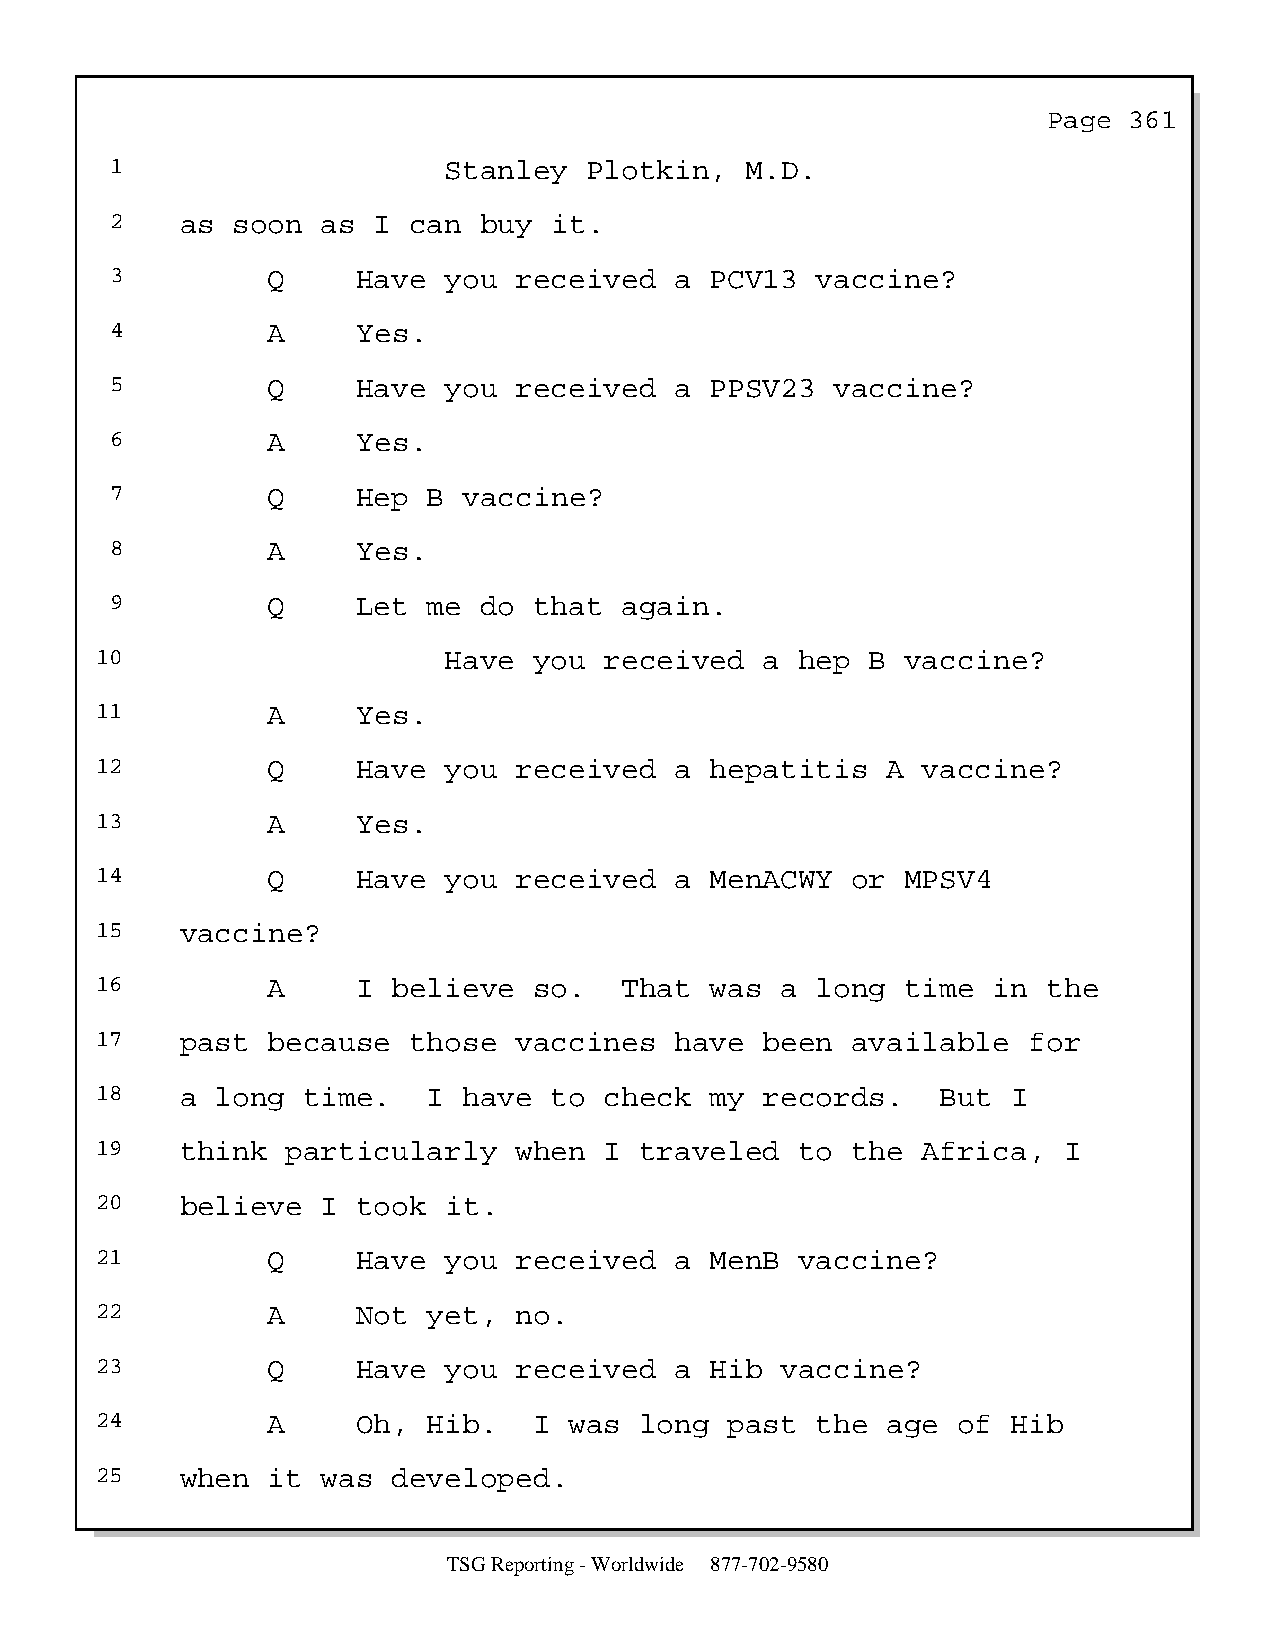
Page  361
 1                     Stanley   Plotkin,  M.D.
 2    as soon  as  I can  buy it.
 3          Q     Have you  received   a PCV13  vaccine?
 4          A     Yes.
 5          Q     Have you  received   a PPSV23  vaccine?
 6          A     Yes.
 7          Q     Hep B  vaccine?
 8          A     Yes.
 9          Q     Let me  do that  again.
 10                     Have  you  received   a hep  B vaccine?
 11          A     Yes.
 12          Q     Have you  received   a hepatitis   A vaccine?
 13          A     Yes.
 14          Q     Have you  received   a MenACWY  or  MPSV4
 15    vaccine?
 16          A     I believe  so.   That  was  a long  time  in the
 17    past  because  those  vaccines   have  been available   for
 18    a long  time.   I  have to  check  my  records.   But  I
 19    think  particularly   when  I traveled   to the  Africa,  I
 20    believe  I  took it.
 21          Q     Have you  received   a MenB  vaccine?
 22          A     Not yet,  no.
 23          Q     Have you  received   a Hib  vaccine?
 24          A     Oh, Hib.   I  was long  past  the  age of  Hib
 25    when  it was  developed.
 TSG Reporting - Worldwide 877-702-9580